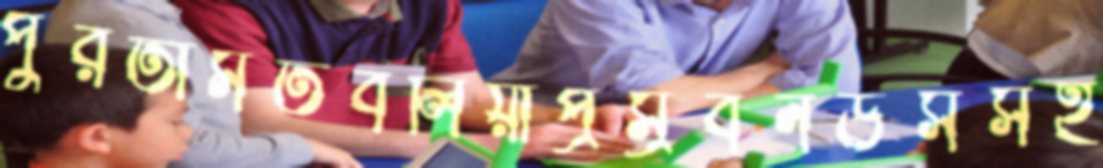
পুরতামতবলিয়াপ্রস্রবনউসসই